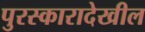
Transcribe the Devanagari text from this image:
पुरस्कारादेखील